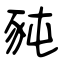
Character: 豘